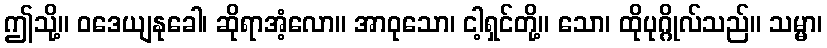
ဤသို့။ ဝဒေယျနုခေါ၊ ဆိုရာအံ့လော။ အာဝုသော၊ ငါ့ရှင်တို့။ သော၊ ထိုပုဂ္ဂိုလ်သည်။ သမ္မာ၊